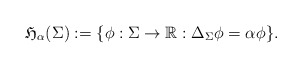
\begin{align*}\mathfrak{H}_{\alpha}(\Sigma):= \{\phi:\Sigma\rightarrow \mathbb{R}: \Delta_{\Sigma}\phi =\alpha \phi \}.\end{align*}